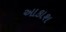
આકાશ